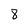
Character: 8